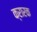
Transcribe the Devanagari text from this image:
क्रारक